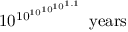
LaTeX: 1 0 ^ { 1 0 ^ { 1 0 ^ { 1 0 ^ { 1 0 ^ { 1 . 1 } } } } } { \mathrm { ~ y e a r s } }